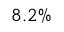
8 . 2 \%